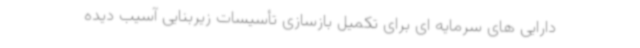
دارایی های سرمایه ای برای تکمیل بازسازی تأسیسات زیربنایی آسیب دیده